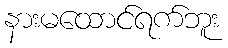
နားမထောင်ရက်ဘူး